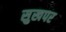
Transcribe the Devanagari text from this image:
सुखपर